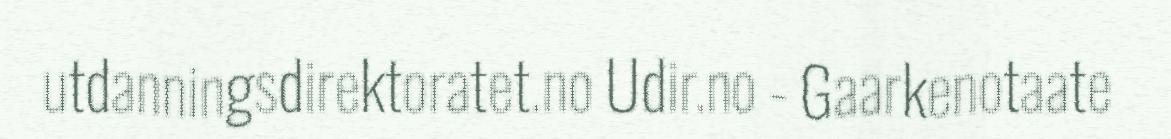
utdanningsdirektoratet.no Udir.no - Gaarkenotaate